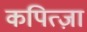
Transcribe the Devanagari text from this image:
कपित्ज़ा